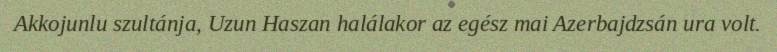
Akkojunlu szultánja, Uzun Haszan halálakor az egész mai Azerbajdzsán ura volt.